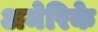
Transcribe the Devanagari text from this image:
अमेरिके